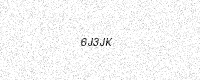
Text: 6J3JK